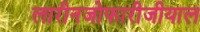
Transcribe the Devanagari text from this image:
लारीनजोफारीजीयाल